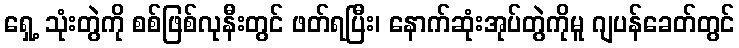
ရှေ့ သုံးတွဲကို စစ်ဖြစ်လုနီးတွင် ဖတ်ရပြီး၊ နောက်ဆုံးအုပ်တွဲကိုမူ ဂျပန်ခေတ်တွင်